Report on the treatment of epidemic cholera: from information collected by the governments of Bengal, Madras, Bombay, N.W. Provinces, Punjab, Oudh, and Central India, by order of the Government of India
Disease focus: Cholera
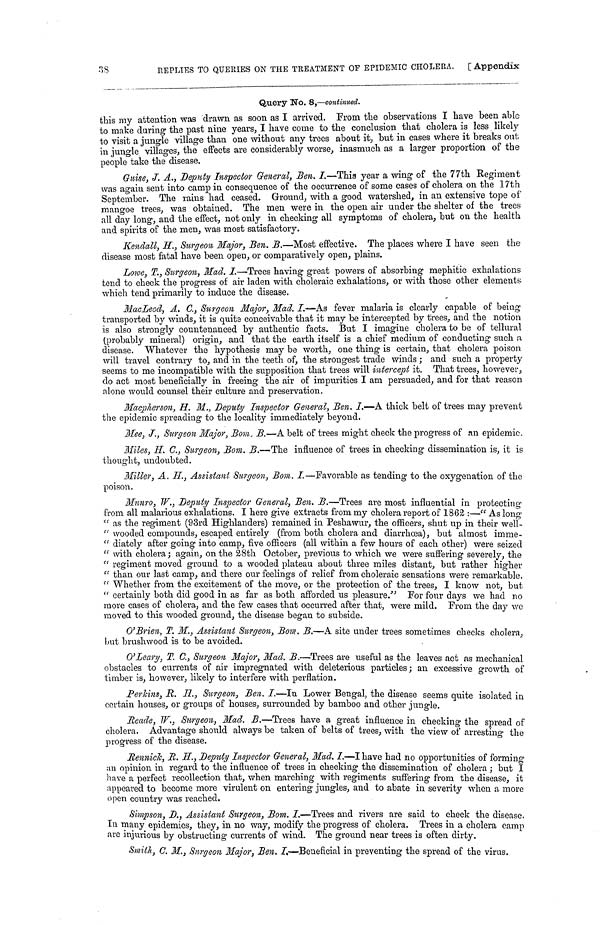
38
REPLIES TO QUERIES ON THE TREATMENT OF EPIDEMIC CHOLERA.
[ Appendix
Query No. 8,—continued.
this my attention was drawn as soon as I arrived. From the observations I have been able
to make during the past nine years, I have come to the conclusion that cholera is less likely
to visit a jungle village than one without any trees about it, but in cases where it breaks out
in jungle villages, the effects are considerably worse, inasmuch as a larger proportion of the
people take the disease.
Guise, J. A., Deputy Inspector General, Ben. I.—This year a wing of the 77th Regiment
was again sent into camp in consequence of the occurrence of some cases of cholera on the 17th
September. The rains had ceased. Ground, with a good watershed, in an extensive tope of
mangoe trees, was obtained. The men were in the open air under the shelter of the trees
all day long, and the effect, not only in checking all symptoms of cholera, but on the health
and spirits of the men, was most satisfactory.
Kendall, H., Surgeon Major, Ben. B.—Most effective. The places where I have seen the
disease most fatal have been open, or comparatively open, plains.
Lowe, T., Surgeon, Mad. I.—Trees having great powers of absorbing mephitic exhalations
tend to check the progress of air laden with choleraic exhalations, or with those other elements
which tend primarily to induce the disease.
MacLeod, A. C., Surgeon Major, Mad. I.—As fever malaria is clearly capable of being
transported by winds, it is quite conceivable that it may be intercepted by trees, and the notion
is also strongly countenanced by authentic facts. But I imagine cholera to be of tellural
(probably mineral) origin, and that the earth itself is a chief medium of conducting such a
disease. Whatever the hypothesis may be worth, one thing is certain, that cholera poison
will travel contrary to, and in the teeth of, the strongest trade winds; and such a property
seems to me incompatible with the supposition that trees will intercept it. That trees, however,
do act most beneficially in freeing the air of impurities I am persuaded, and for that reason
alone would counsel their culture and preservation.
Macpherson, H. M., Deputy Inspector General, Ben. I.—A thick belt of trees may prevent
the epidemic spreading to the locality immediately beyond.
Mee, J., Surgeon Major, Bom. B.—A belt of trees might check the progress of an epidemic,
Miles, H. C., Surgeon, Bom. B.—The influence of trees in checking dissemination is, it is
thought, undoubted.
Miller, A. H., Assistant Surgeon, Bom. I.—Favorable as tending to the oxygénation of the
poison.
Munro, W., Deputy Inspector General, Ben. B.—Trees are most influential in protecting
from all malarious exhalations. I here give extracts from my cholera report of 1862 :—"As long"
" as the regiment (93rd Highlanders) remained in Peshawur, the officers, shut up in their well-
"wooded compounds, escaped entirely (from both cholera and diarrhœa), but almost imme-
"diately after going into camp, five officers (all within a few hours of each other) were seized
"with cholera ; again, on the 28th October, previous to which we were suffering severely, the
"regiment moved ground to a wooded plateau about three miles distant, but rather higher
"than our last camp, and there our feelings of relief from choleraic sensations were remarkable.
"Whether from the excitement of the move, or the protection of the trees, I know not, but
"certainly both did good in as far as both afforded us pleasure." For four days we had no
more cases of cholera, and the few cases that occurred after that, were mild. From the day we
moved to this wooded ground, the disease began to subside.
O'Brien, T. M., Assistant Surgeon, Bom. B.—A site under trees sometimes checks cholera,
but brushwood is to be avoided.
O'Leary, T. C., Surgeon Major, Mad. B.—Trees are useful as the leaves act as mechanical
obstacles to currents of air impregnated with deleterious particles; an excessive growth of
timber is, however, likely to interfere with perflation.
Perkins, R. H, Surgeon, Ben. I.—In Lower Bengal, the disease seems quite isolated in
certain houses, or groups of houses, surrounded by bamboo and other jungle.
Reade, W., Surgeon, Mad. B.—Trees have a great influence in checking the spread of
cholera. Advantage should always be taken of belts of trees, with the view of arresting the
progress of the disease.
Rennick, R. H., Deputy Inspector General, Mad. I.—I have had no opportunities of forming
un opinion in regard to the influence of trees in checking the dissemination of cholera; but I
have a perfect recollection that, when marching with regiments suffering from the disease, it
appeared to become more virulent on entering jungles, and to abate in severity when a more
open country was reached.
Simpson, D., Assistant Surgeon, Bom. I.—Trees and rivers are said to check the disease,
In many epidemics, they, in no way, modify the progress of cholera. Trees in a cholera camp
are injurious by obstructing currents of wind. The ground near trees is often dirty.
Smith, C. M., Surgeon Major, Ben. I.—Beneficial in preventing the spread of the virus.